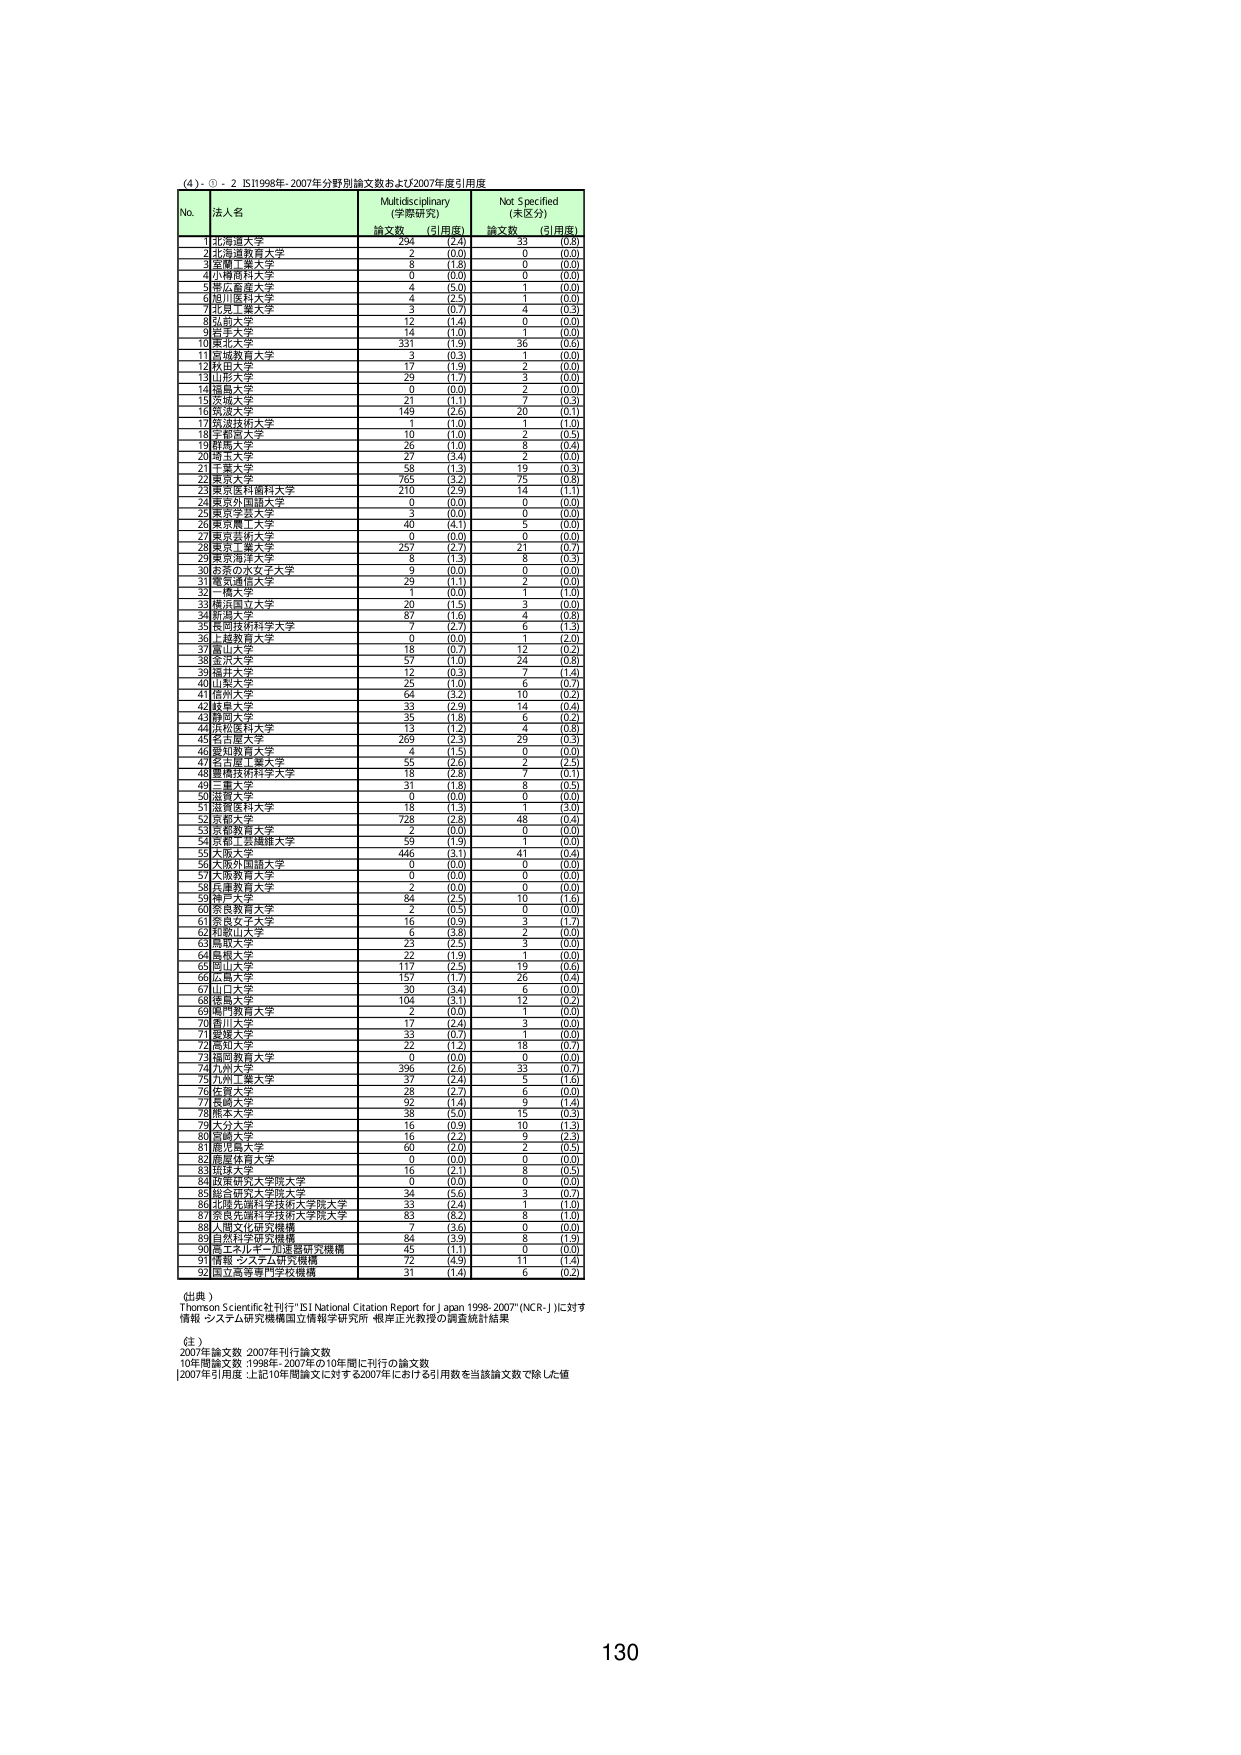
(4) - ① - 2 ISI1998年-2007年分野別論文数および2007年度引用度

No. 法人名 Multidisciplinary (学際研究) Not Specified (未区分)
論文数 (引用度) 論文数 (引用度)

1 北海道大学 294 (2.4) 33 (0.8)
2 北海道教育大学 2 (0.5) 0 (0.0)
3 室蘭工業大学 8 (1.8) 0 (0.0)
4 小樽商科大学 0 (0.0) 0 (0.0)
5 東北産業大学 4 (5.0) 1 (0.0)
6 福川医科大学 4 (2.5) 1 (0.0)
7 北見工業大学 3 (0.7) 4 (0.3)
8 弘前大学 12 (1.4) 0 (0.0)
9 青森大学 14 (1.0) 1 (0.0)
10 東北大学 331 (1.9) 36 (0.6)
11 宮城教育大学 3 (0.3) 1 (0.0)
12 秋田大学 17 (1.9) 2 (0.5)
13 山形大学 29 (1.7) 3 (0.0)
14 福島大学 0 (0.0) 2 (0.0)
15 茨城大学 21 (1.1) 7 (0.3)
16 筑波大学 149 (2.0) 20 (0.1)
17 筑波技術大学 1 (1.0) 1 (1.0)
18 宇都宮大学 10 (1.0) 2 (0.5)
19 埼玉大学 26 (1.0) 8 (0.4)
20 埼玉大学 27 (3.4) 2 (0.0)
21 千葉大学 58 (1.3) 19 (0.3)
22 東京大学 765 (3.2) 75 (0.8)
23 東京医科歯科大学 210 (2.9) 14 (1.1)
24 東京外国語大学 0 (0.0) 0 (0.0)
25 東京学芸大学 3 (0.0) 0 (0.0)
26 東京農工大学 40 (4.1) 5 (0.0)
27 東京芸術大学 0 (0.0) 0 (0.0)
28 東京工業大学 257 (2.7) 21 (0.7)
29 東京海洋大学 8 (1.3) 8 (0.3)
30 お茶の水女子大学 9 (0.0) 0 (0.0)
31 電気通信大学 29 (1.1) 2 (0.0)
32 一橋大学 1 (0.0) 1 (1.0)
33 慶應義塾大学 20 (1.5) 3 (0.0)
34 新潟大学 87 (1.6) 4 (0.8)
35 長岡技術科学大学 7 (2.7) 6 (1.3)
36 上越教育大学 0 (0.0) 1 (2.0)
37 富山大学 18 (0.7) 12 (0.2)
38 金沢大学 57 (1.0) 24 (0.8)
39 福井大学 12 (0.3) 7 (1.4)
40 石川県立大学 25 (1.0) 6 (0.7)
41 信州大学 64 (3.2) 10 (0.2)
42 岐阜大学 33 (2.9) 14 (0.4)
43 静岡大学 35 (1.8) 6 (0.2)
44 浜松医科大学 13 (1.2) 4 (0.8)
45 名古屋大学 269 (2.3) 29 (0.3)
46 愛知教育大学 5 (1.5) 0 (0.0)
47 名古屋工業大学 55 (2.0) 2 (2.5)
48 豊橋技術科学大学 18 (2.8) 7 (0.1)
49 三重大学 31 (1.8) 8 (0.5)
50 滋賀大学 0 (0.0) 0 (0.0)
51 京都教育大学 18 (1.3) 1 (3.0)
52 京都大学 728 (2.8) 48 (0.4)
53 京都教育大学 2 (0.0) 0 (0.0)
54 京都工芸繊維大学 59 (1.9) 1 (0.0)
55 大阪大学 446 (3.1) 41 (0.4)
56 大阪外国語大学 0 (0.0) 0 (0.0)
57 大阪教育大学 0 (0.0) 0 (0.0)
58 兵庫教育大学 2 (0.0) 0 (0.0)
59 神戸大学 84 (2.5) 10 (1.6)
60 奈良教育大学 2 (0.5) 0 (0.0)
61 奈良女子大学 16 (0.9) 3 (1.7)
62 和歌山大学 6 (3.8) 2 (0.0)
63 鳥取大学 23 (2.5) 3 (0.0)
64 島根大学 22 (1.9) 1 (0.0)
65 岡山大学 117 (2.5) 19 (0.6)
66 広島大学 157 (1.7) 26 (0.4)
67 山口大学 30 (3.4) 6 (0.0)
68 徳島大学 104 (3.1) 12 (0.2)
69 鳥取教育大学 2 (0.0) 1 (0.0)
70 香川大学 17 (2.4) 3 (0.0)
71 愛媛大学 33 (0.7) 1 (0.0)
72 高知大学 22 (1.2) 18 (0.7)
73 福岡教育大学 0 (0.0) 0 (0.0)
74 九州大学 396 (2.6) 33 (0.7)
75 九州工業大学 37 (2.4) 5 (1.6)
76 佐賀大学 28 (2.7) 6 (0.0)
77 長崎大学 32 (1.4) 9 (1.4)
78 熊本大学 38 (5.0) 15 (0.3)
79 大分大学 16 (0.9) 10 (1.3)
80 宮崎大学 16 (2.2) 9 (2.3)
81 鹿児島大学 60 (2.0) 2 (0.5)
82 鹿屋体育大学 0 (0.0) 0 (0.0)
83 琉球大学 16 (2.1) 8 (0.5)
84 政策研究大学院大学 0 (0.0) 0 (0.0)
85 総合研究大学院大学 34 (5.0) 3 (0.7)
86 北陸先端科学技術大学院大学 33 (2.4) 1 (1.0)
87 京都先端科学技術大学院大学 83 (8.2) 8 (1.0)
88 人間文化研究機構 7 (3.6) 0 (0.0)
89 自然科学研究機構 84 (3.9) 8 (1.9)
90 高エネルギー加速器研究機構 45 (1.1) 0 (0.0)
91 情報・システム研究機構 72 (4.5) 11 (1.4)
92 国立高等専門学校機構 31 (1.4) 6 (0.2)

(出典)
Thomson Scientific社刊行“ISI National Citation Report for Japan 1998-2007”(NCR-J)に対する
情報・システム研究機構国立情報学研究所・根岸正光教授の調査統計結果

(注)
2007年論文数：2007年刊行論文数
10年間論文数：1998年-2007年の10年間に刊行の論文数
[2007年引用度：上記10年間論文に対する2007年における引用数を当該論文数で除した値

130